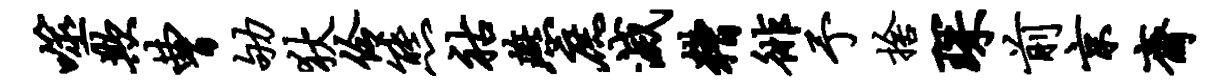
噬欺曹劬狄伶熊祜燕庶灭糟徘予舍琛前京斋